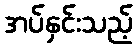
အပ်နှင်းသည့်